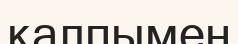
қалпымен